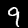
Label: 9